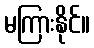
မကြားနိုင်။